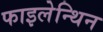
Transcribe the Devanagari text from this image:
फाइलेन्थिन